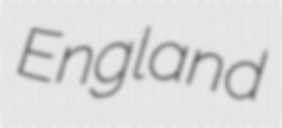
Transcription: England